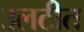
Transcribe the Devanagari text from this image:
उलटीत